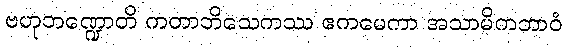
ဗဟုဘဏ္ဍောတိ ကတာဘိသေကဿ ဧကမေကာ အသာမိကဘာဝံ